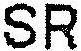
SR